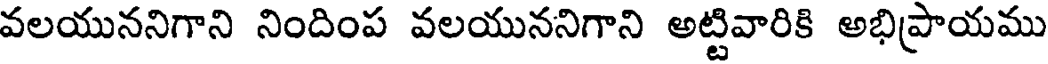
వలయుననిగాని నిందింప వలయుననిగాని అట్టివారికి అభిప్రాయము